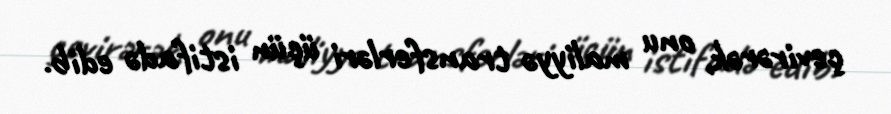
çevirərək, onu maliyyə transferləri üçün istifadə edib.